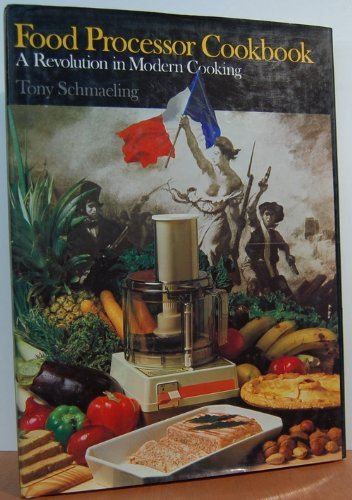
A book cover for Food Processor Cookbook; Schmeling; Cookbooks, Food & Wine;